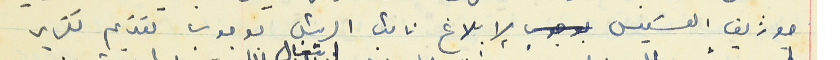
جوزيف القسيس لإبلاغ نائب الرئيس بوجوب تقديم تقرير